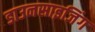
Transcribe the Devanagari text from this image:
डाउनसाइजिंग